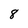
Character: 8